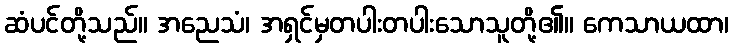
ဆံပင်တို့သည်။ အညေသံ၊ အရှင်မှတပါးတပါးသောသူတို့၏။ ကေသာယထာ၊